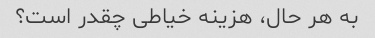
به هر حال، هزینه خیاطی چقدر است؟